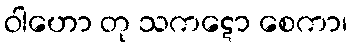
ဝါဟော တု သကဋော စေကာ၊